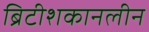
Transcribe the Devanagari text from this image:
ब्रिटीशकानलीन